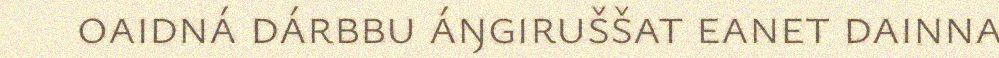
oaidná dárbbu áŋgiruššat eanet dainna